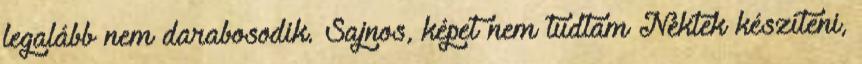
legalább nem darabosodik. Sajnos, képet nem tudtam Nektek készíteni,